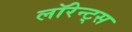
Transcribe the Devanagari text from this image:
लॉरेन्ट्स